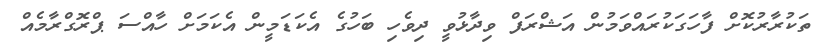
ތަކުރާރުކޮށް ފާހަގަކުރައްވަމުން އަޝްރަފް ވިދާޅުވީ ދިވެހި ބަހުގެ އެކަޑަމީން އެކަމަށް ހާއްސަ ޕްރޮގްރާމެއް